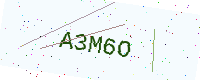
Text: A3M6O